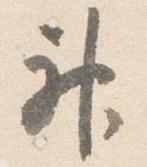
神